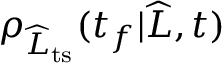
\rho _ { \widehat { L } _ { \mathrm { t s } } } ( t _ { f } | \widehat { L } , t )